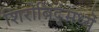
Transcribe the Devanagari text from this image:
शिरोबिंदूंमध्ये